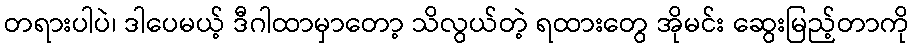
တရားပါပဲ၊ ဒါပေမယ့် ဒီဂါထာမှာတော့ သိလွယ်တဲ့ ရထားတွေ အိုမင်း ဆွေးမြည့်တာကို